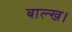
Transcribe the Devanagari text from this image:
बाल्ख।